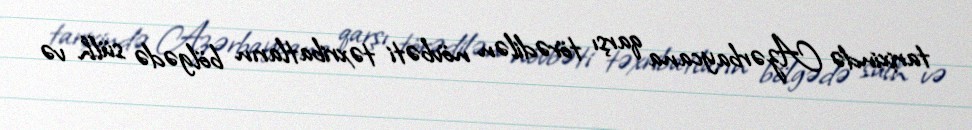
tarixində Azərbaycana qarşı törədilən növbəti təxribatların bölgədə sülh və